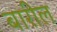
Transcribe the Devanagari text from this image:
बारील